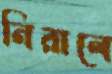
নিরালে